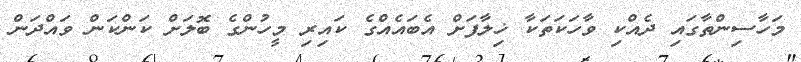
މަހާސިންތާގައި ދެއްކި ވާހަކަތަކާ ޚިލާފަށް އެބައެއްގެ ކައިރި މީހުންގެ ބޮލަށް ކަންކަން ވައްދަން